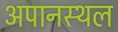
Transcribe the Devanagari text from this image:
अपानस्थल